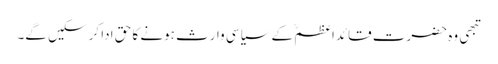
تبھی وہ حضرت قائداعظمؒ کے سیاسی وارث ہونے کا حق ادا کر سکیں گے۔